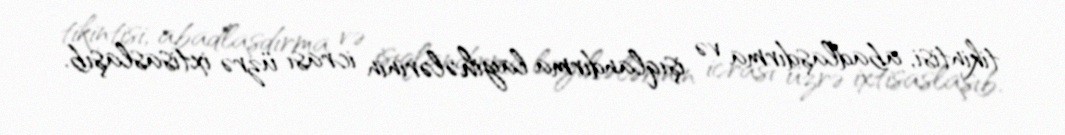
tikintisi, abadlaşdırma və işıqlandırma layihələrinin icrası üzrə ixtisaslaşıb.